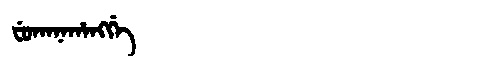
Manchu: ᠸᡠᡴᠠᠨᠠᡥᠠᠩᡤᡝ
Romanization: FUKANAHANGGE